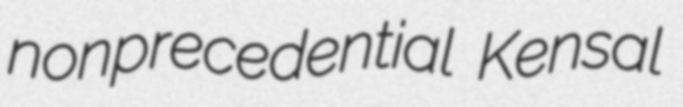
nonprecedential Kensal